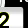
Digit: 2